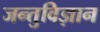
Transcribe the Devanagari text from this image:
जन्तुविज्ञान